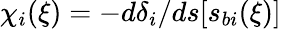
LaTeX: \chi_{i}(\xi)=-d\delta_{i}/ds[s_{bi}(\xi)]